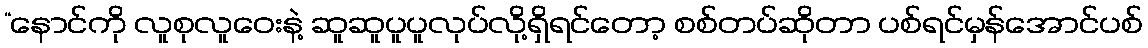
“နောင်ကို လူစုလူဝေးနဲ့ ဆူဆူပူပူလုပ်လို့ရှိရင်တော့ စစ်တပ်ဆိုတာ ပစ်ရင်မှန်အောင်ပစ်